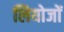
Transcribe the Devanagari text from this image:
लियोजों